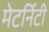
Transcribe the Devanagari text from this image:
मेटर्निटी